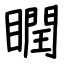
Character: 瞤